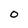
Character: o